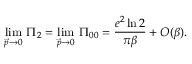
\operatorname * { l i m } _ { \vec { p } \rightarrow 0 } \, \Pi _ { 2 } = \operatorname * { l i m } _ { \vec { p } \rightarrow 0 } \, \Pi _ { 0 0 } = { \frac { e ^ { 2 } \ln 2 } { \pi \beta } } + { \cal O } ( \beta ) .